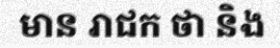
មាន រាជក ថា និង